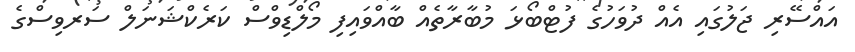
އައްސޭރި ޖަލުގައި އެއް ދުވަހުގެ ފުޓްބޯޅަ މުބާރާތެއް ބާއްވައިފި މޯލްޑިވްސް ކަރެކްޝަނަލް ސަރވިސްގެ